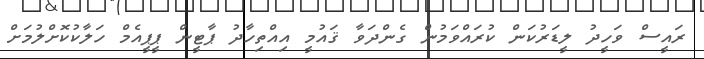
ރައީސް ވަހީދު ލީޑަރުކަން ކުރައްވަމުން ގެންދަވާ ޤައުމީ އިއްތިހާދު ޕާޓީން ޕީޕީއެމް ހަލާކުކޮށްލުމަށް